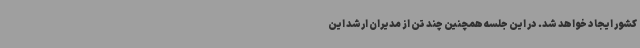
کشور ایجاد خواهد شد. در این جلسه همچنین چند تن از مدیران ارشد این